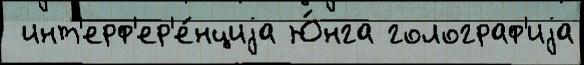
 инт'ерф'ер'е́нциjа Ю́нга голограф'иjа